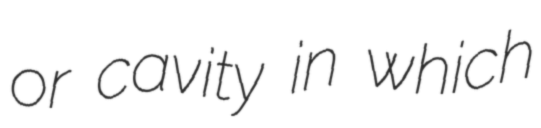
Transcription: or cavity in which